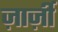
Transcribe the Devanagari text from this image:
ज़ार्ज़ी